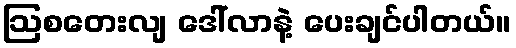
ဩစတေးလျ ဒေါ်လာနဲ့ ပေးချင်ပါတယ်။